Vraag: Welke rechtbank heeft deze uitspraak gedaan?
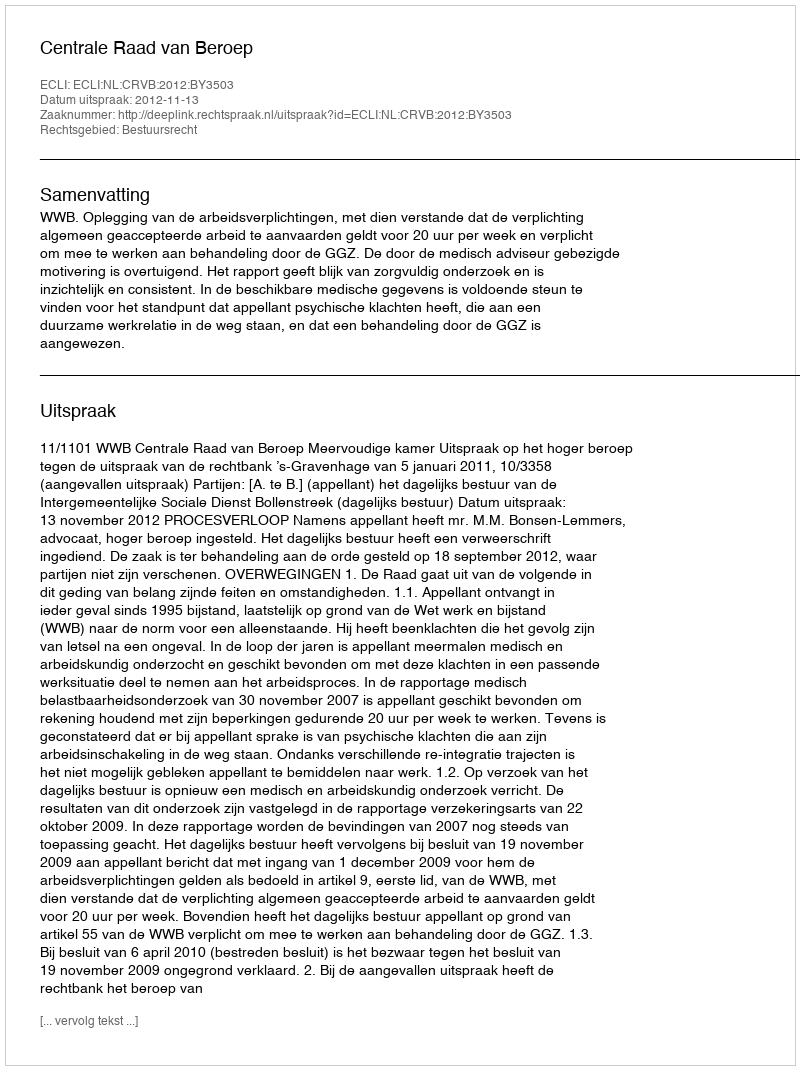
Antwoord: Centrale Raad van Beroep